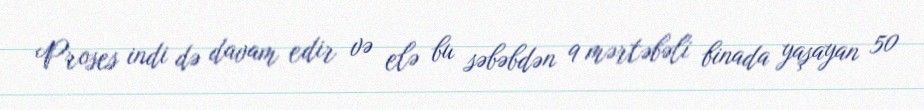
Proses indi də davam edir və elə bu səbəbdən 9 mərtəbəli binada yaşayan 50